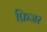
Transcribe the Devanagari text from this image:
फ्रिजर